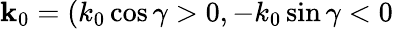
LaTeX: {\mathbf k}_{0}=(k_{0}\cos\gamma>0,-k_{0}\sin\gamma<0